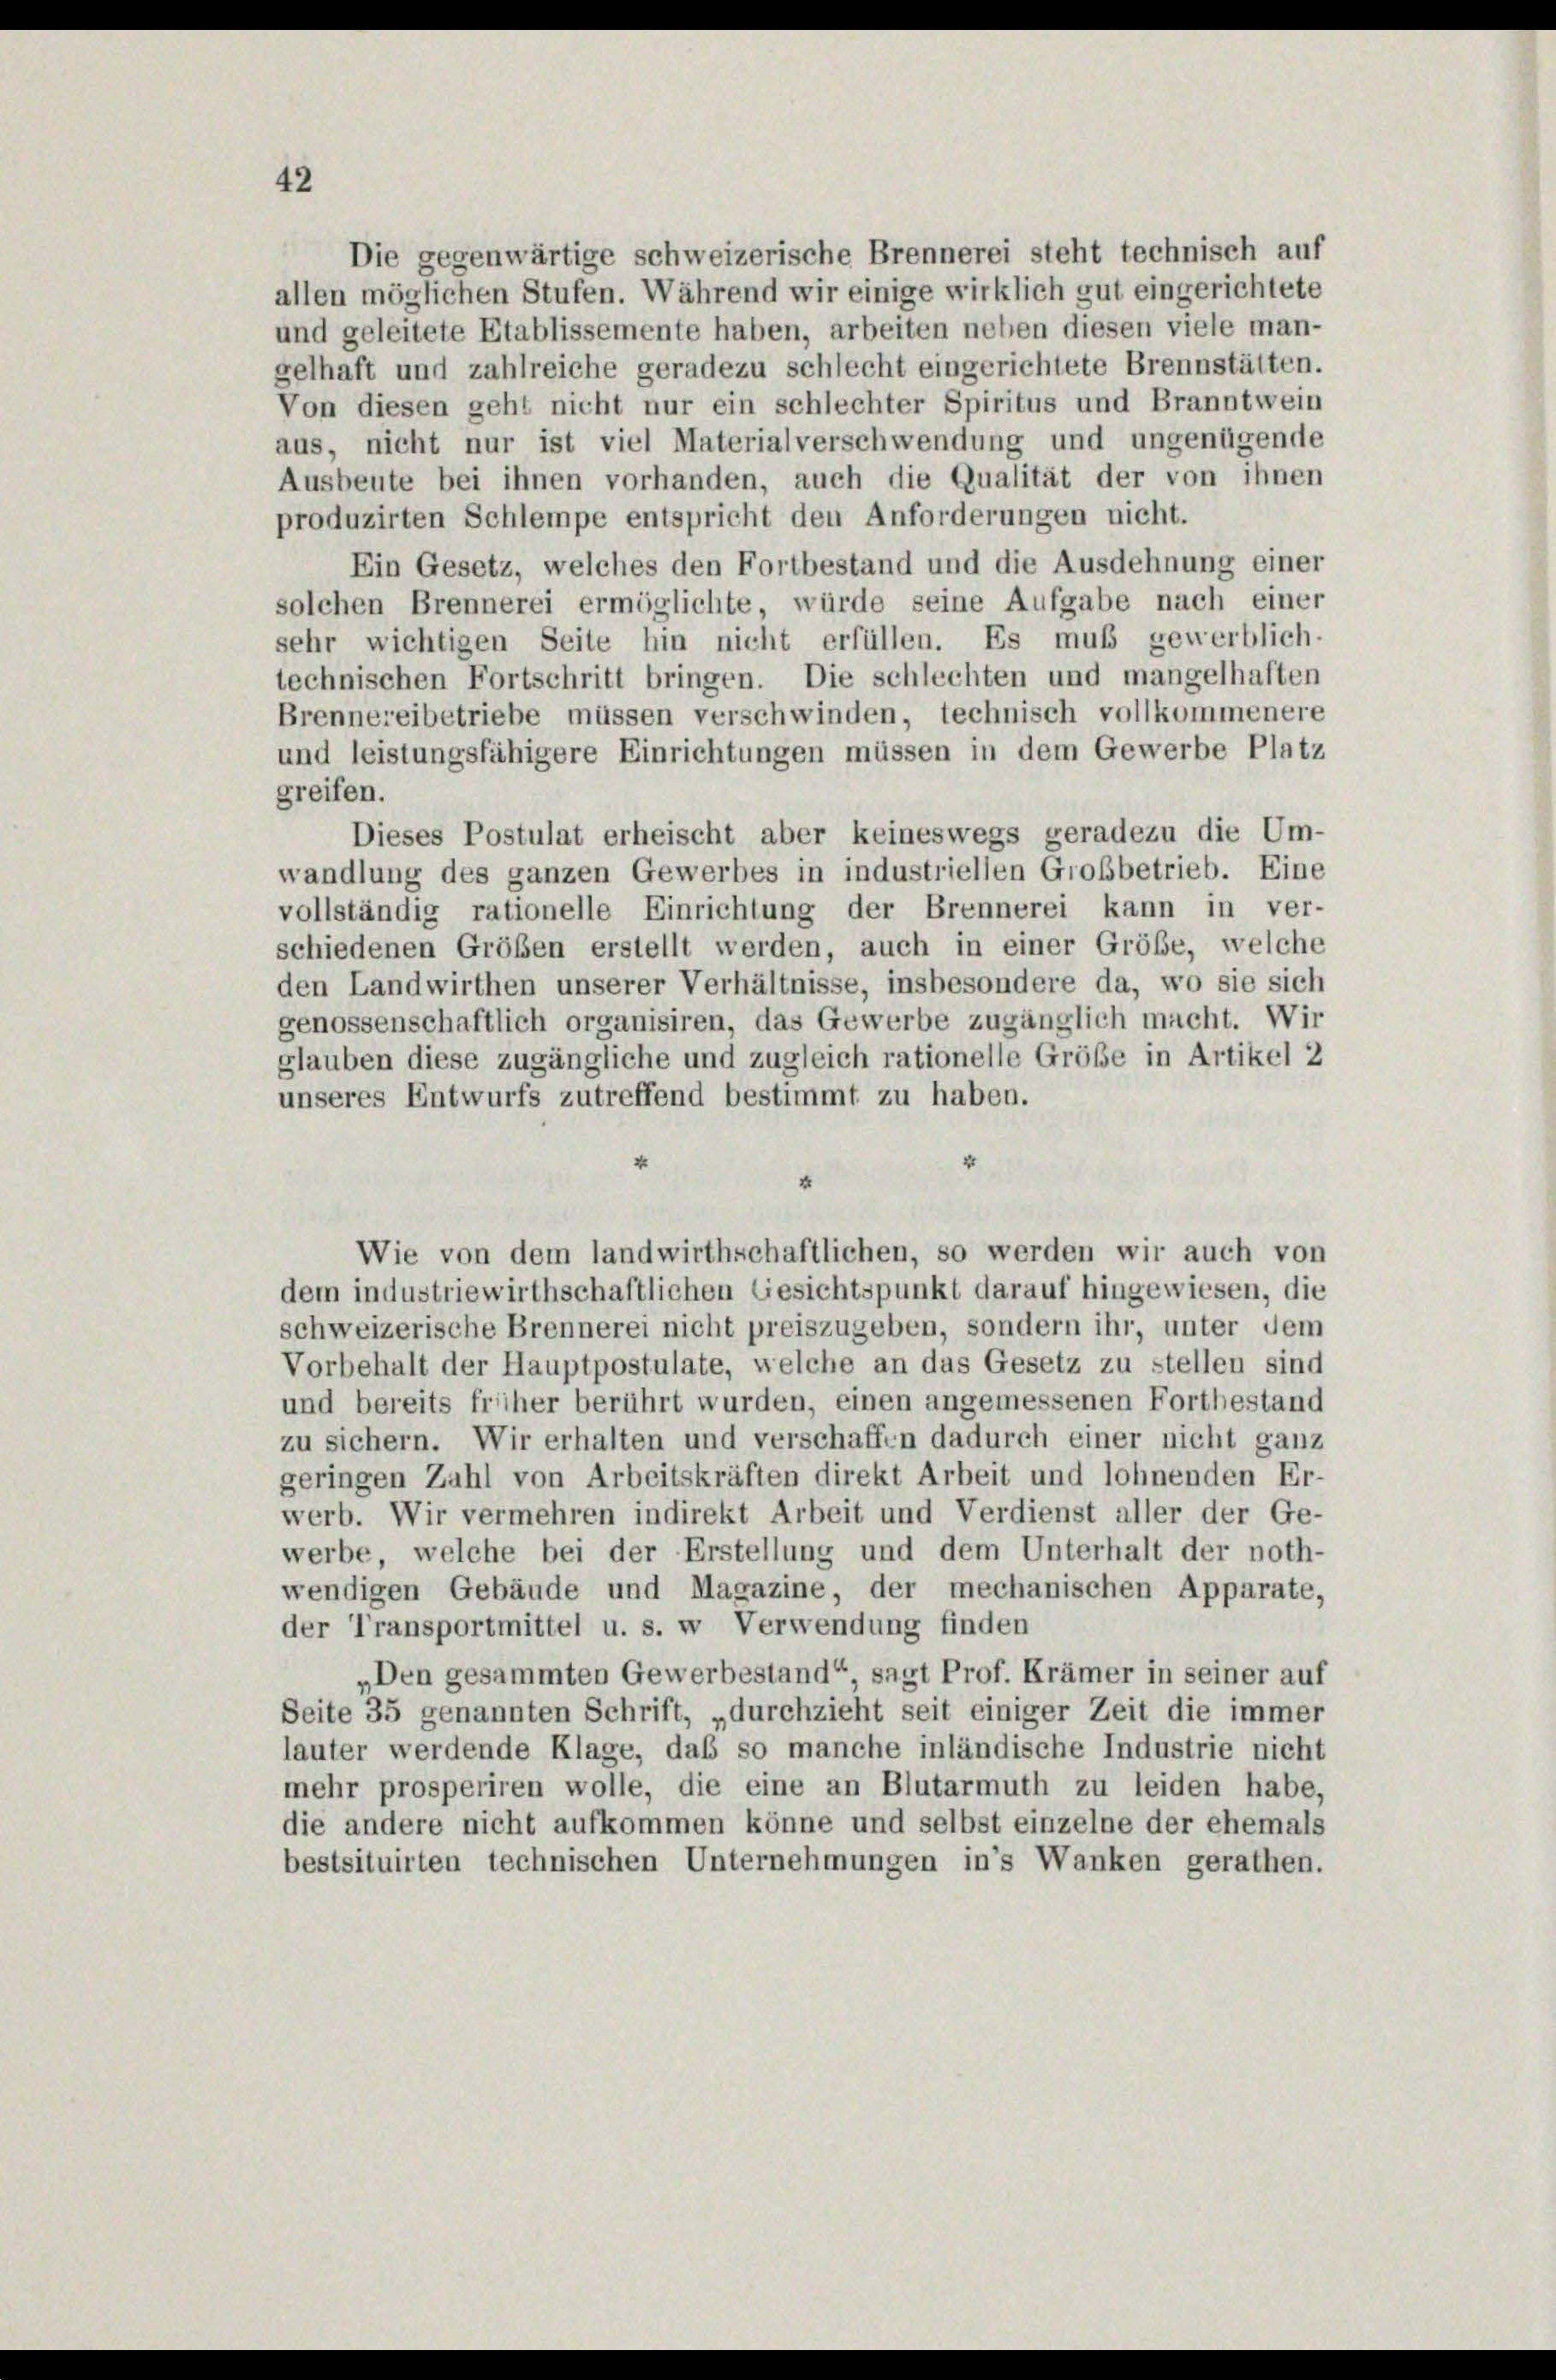
4
4
Wie von dem landwirthschaftlichen, so werden wir auch von
dem industriewirthschaftlichen Gesichtspunkt darauf hingewiesen, die
schweizerische Brennerei nicht preiszugeben, sondern ihr, unter dem
Vorbehalt der Hauptpostulate, welche an das Gesetz zu stellen sind
und bereits früher berührt wurden, einen angemessenen Fortbestand
zu sichern. Wir erhalten und verschaffen dadurch einer nicht ganz
geringen Zahl von Arbeitskräften direkt Arbeit und lohnenden Er-
werb. Wir vermehren indirekt Arbeit und Verdienst aller der Ge-
werbe, welche bei der Erstellung und dem Unterhalt der noth-
wendigen Gebäude und Magazine, der mechanischen Apparate,
der Transportmittel u. s. w. Verwendung finden
„Den gesammten Gewerbestand“ sagt Prof. Krämer in seiner auf
Seite 35 genannten Schrift, „durchzieht seit einiger Zeit die immer
lauter werdende Klage, daß so manche inländische Industrie nicht
mehr prosperiren wolle, die eine an Blutarmuth zu leiden habe,
die andere nicht aufkommen könne und selbst einzelne der ehemals
bestsituirten technischen Unternehmungen in’s Wanken gerathen.

42

Die gegenwärtige schweizerische Brennerei steht technisch auf
allen möglichen Stufen. Während wir einige wirklich gut eingerichtete
und geleitete Etablissemente haben, arbeiten neben diesen viele man-
gelhaft und zahlreiche geradezu schlecht eingerichtete Brennstätten.
Von diesen geht nicht nur ein schlechter Spiritus und Branntwein
aus, nicht nur ist viel Materialverschwendung und ungenügende
Ausbeute bei ihnen vorhanden, auch die Qualität der von ihnen
produzirten Schlempe entspricht den Anforderungen nicht.
Ein Gesetz, welches den Fortbestand und die Ausdehnung einer
solchen Brennerei ermöglichte, würde seine Aufgabe nach einer
sehr wichtigen Seite hin nicht erfüllen. Es muß gewerblich-
technischen Fortschritt bringen. Die schlechten und mangelhaften
Brennereibetriebe müssen verschwinden, technisch vollkommenere
und leistungsfähigere Einrichtungen müssen in dem Gewerbe Platz
greifen.
Dieses Postulat erheischt aber keineswegs geradezu die Um-
wandlung des ganzen Gewerbes in industriellen Großbetrieb. Eine
vollständig rationelle Einrichtung der Brennerei kann in ver-
schiedenen Größen erstellt werden, auch in einer Größe, welche
den Landwirthen unserer Verhältnisse, insbesondere da, wo sie sich
genossenschaftlich organisiren, das Gewerbe zugänglich macht. Wir
glauben diese zugängliche und zugleich rationelle Größe in Artikel 2
unseres Entwurfs zutreffend bestimmt zu haben.